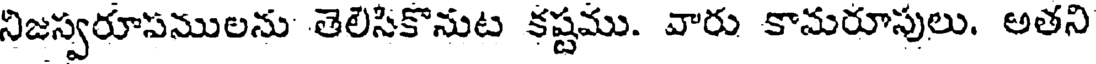
నిజస్వరూపములను తెలిసికొనుట కష్టము. వారు కామరూపులు. అతని